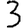
Digit: 3